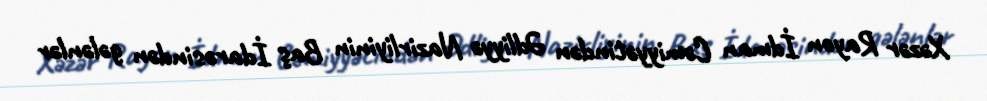
Xəzər Rayon İdman Cəmiyyətindən Ədliyyə Nazirliyinin Baş İdarəsindən gələnlər